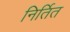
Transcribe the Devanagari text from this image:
निर्तित